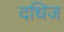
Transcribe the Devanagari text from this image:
दधिज